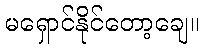
မရှောင်နိုင်တော့ချေ။